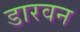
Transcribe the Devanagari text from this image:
डारवन